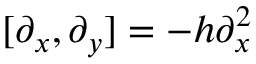
[ \partial _ { x } , \partial _ { y } ] = - h \partial _ { x } ^ { 2 }